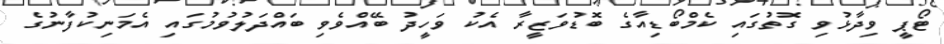
ޓޯޕީ ވިދާޅުވި ގޮތުގައި ކެމްބޯޑިއާގެ ބޮޑުވަޒީރާ އެކު ވަހީދު ބޭއްވެވި ބައްދަލުވުމުގައި އެމަނިކުފާނުގެ